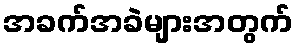
အခက်အခဲများအတွက်